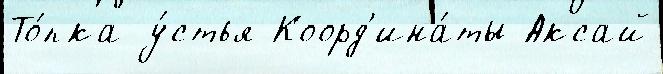
То́пка у́стья Коорд'ина́ты Аксай